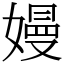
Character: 嫚